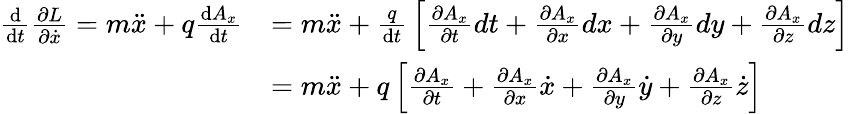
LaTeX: {\begin{array}{rl}{{\frac{\mathrm{d}}{\mathrm{d}t}}{\frac{\partial L}{\partial{\dot{x}}}}=m{\ddot{x}}+q{\frac{\mathrm{d}A_{x}}{\mathrm{d}t}}}&{=m{\ddot{x}}+{\frac{q}{\mathrm{d}t}}\left[{\frac{\partial A_{x}}{\partial t}}dt+{\frac{\partial A_{x}}{\partial x}}dx+{\frac{\partial A_{x}}{\partial y}}dy+{\frac{\partial A_{x}}{\partial z}}dz\right]}\\ &{=m{\ddot{x}}+q\left[{\frac{\partial A_{x}}{\partial t}}+{\frac{\partial A_{x}}{\partial x}}{\dot{x}}+{\frac{\partial A_{x}}{\partial y}}{\dot{y}}+{\frac{\partial A_{x}}{\partial z}}{\dot{z}}\right]}\end{array}}